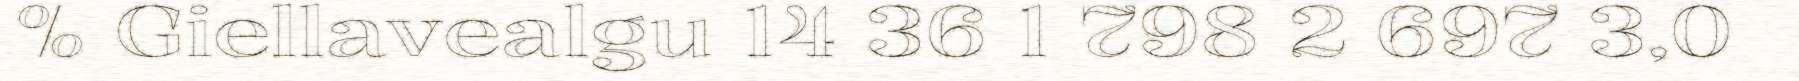
% Giellavealgu 14 36 1 798 2 697 3,0